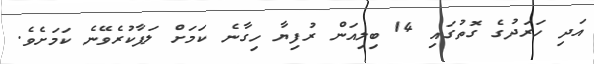
އަދި ހަރަދުގެ ގޮތުގައި 14 ބިލިއަން ރުފިޔާ ހިގާނެ ކަމަށް ލަފާކުރެވޭނެ ކަމަށެވެ.